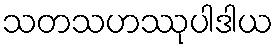
သတသဟဿုပါဒါယ